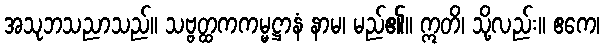
အသုဘသညာသည်။ သဗ္ဗတ္ထကကမ္မဋ္ဌာနံ နာမ၊ မည်၏။ ဣတိ၊ သို့လည်း။ ဧကေ၊